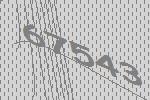
67543